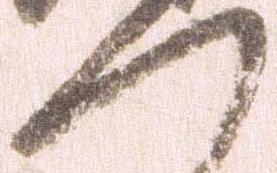
へ